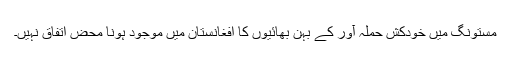
مستونگ میں خودکش حملہ آور کے بہن بھائیوں کا افغانستان میں موجود ہونا محض اتفاق نہیں۔